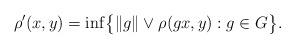
LaTeX: \begin{gather*} \rho'(x,y) = \inf \bigl\{ \|g\| \vee \rho(gx,y) : g \in G \bigr\}. \end{gather*}